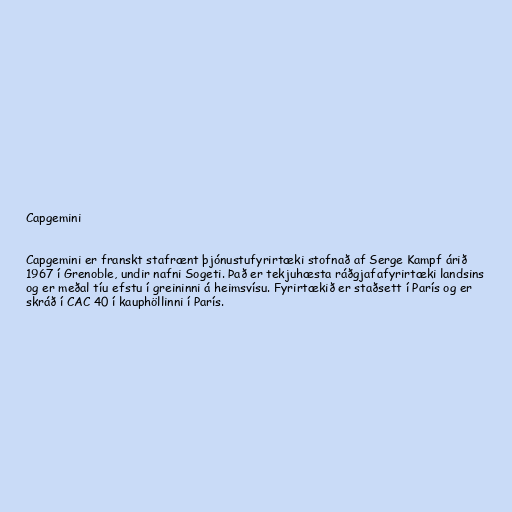
Capgemini

Capgemini er franskt stafrænt þjónustufyrirtæki stofnað af Serge Kampf árið
1967 í Grenoble, undir nafni Sogeti. Það er tekjuhæsta ráðgjafafyrirtæki landsins
og er meðal tíu efstu í greininni á heimsvísu. Fyrirtækið er staðsett í París og er
skráð í CAC 40 í kauphöllinni í París.